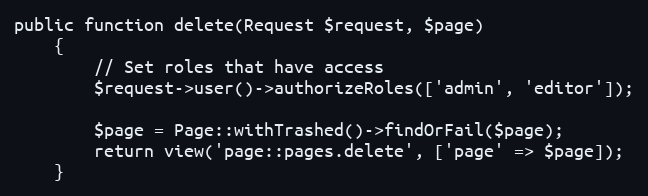
Language: PHP
public function delete(Request $request, $page)
    {
        // Set roles that have access
        $request->user()->authorizeRoles(['admin', 'editor']);

        $page = Page::withTrashed()->findOrFail($page);
        return view('page::pages.delete', ['page' => $page]);
    }